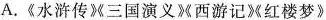
A.《水浒传》《三国演义西游记》红楼梦》